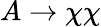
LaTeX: A\to\chi\chi